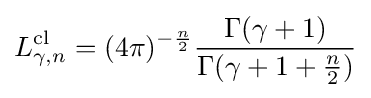
L_{\gamma ,n}^{\mathrm {cl} }=(4\pi )^{-{\frac {n}{2}}}{\frac {\Gamma (\gamma +1)}{\Gamma (\gamma +1+{\frac {n}{2}})}}